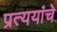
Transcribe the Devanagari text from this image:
प्रत्ययांचे